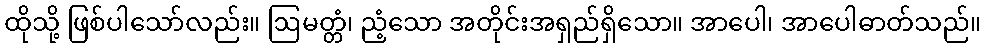
ထိုသို့ ဖြစ်ပါသော်လည်း။ ဩမတ္တံ၊ ညံ့သော အတိုင်းအရှည်ရှိသော။ အာပေါ၊ အာပေါဓာတ်သည်။